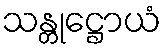
သန္တုဋ္ဌောယံ